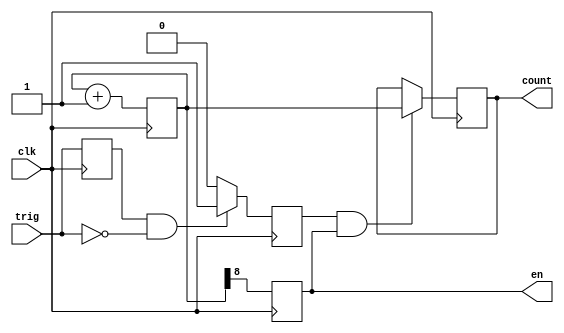
module eight_bit_cnt (
    input wire clk, trig,
    output reg[8:0] count,
    output reg en
);
    reg trig_pulse;
    reg trig_reg;

    reg[8:0] c_reg;

    initial begin
        c_reg = 'b0;
        count = 'b0;
    end

    /* trig_pulse */
    always @(posedge clk) begin
        if (trig_reg == 1'b1 && trig == 1'b0) 
            trig_pulse <= 1'b1;
        else 
            trig_pulse <= 1'b0;
        trig_reg <= trig;
    end

    /* cnt */
    always@(posedge clk) begin
        c_reg <= c_reg + 1'b1;
    end
    
    /* count */
    always@(posedge clk) begin
        if (trig_pulse && en)
            count <= c_reg;
    end
    
    /* en */
    always@(posedge clk) begin
    	en = c_reg[8];
    end

endmodule